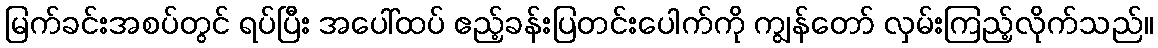
မြက်ခင်းအစပ်တွင် ရပ်ပြီး အပေါ်ထပ် ဧည့်ခန်းပြတင်းပေါက်ကို ကျွန်တော် လှမ်းကြည့်လိုက်သည်။